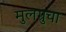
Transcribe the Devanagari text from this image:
मुलग्रुचा